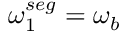
\boldsymbol { \omega } _ { 1 } ^ { s e g } = \boldsymbol { \omega } _ { b }